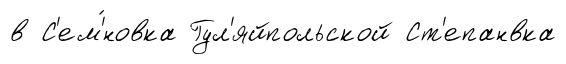
в С'ем'́новка Гул'яйпольской Ст'епанвка